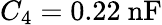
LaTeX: C_{4}=0.22~\mathrm{nF}